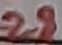
Text: 28